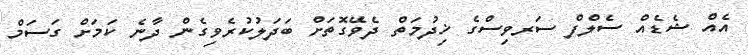
އެއް ޝެޑެއް ސެލްފް ސަރވިސްގެ ޚިދުމަތް ދެވޭގޮތަށް ބަދަލުކުރެވިގެން ދާނެ ކަމަށް ގަސަމް